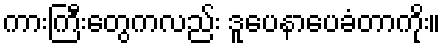
ကားကြီးတွေကလည်း ဒူပေနာပေခံတာကိုး။